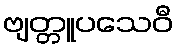
ဗျတ္တူပသေဝီ